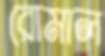
রোমাল